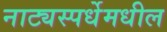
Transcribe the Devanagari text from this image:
नाट्यस्पर्धेमधील